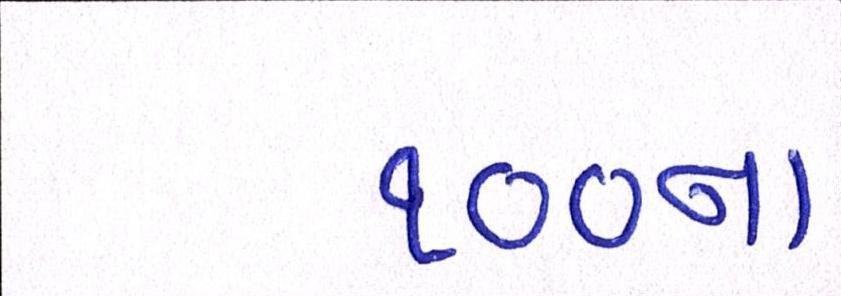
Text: ૧૦૦ના